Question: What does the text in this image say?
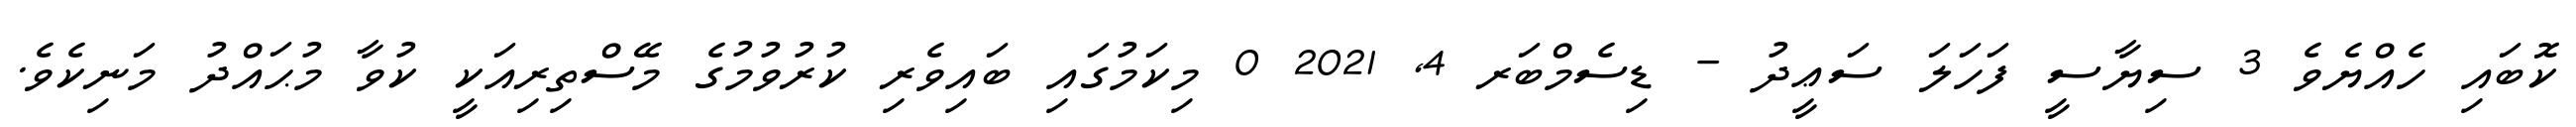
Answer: ކޮބައި ހެއްޔެވެ 3 ސިޔާސީ ފަހަލަ ސަޢީދު - ޑިސެމްބަރ 4, 2021 0 މިކަމުގައި ބައިވެރި ކުރުވުމުގެ މޭސްތިރިއަކީ ކުވާ މުޙައްދު މަނިކެވެ.